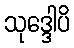
သုဒ္ဒေါပိ